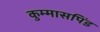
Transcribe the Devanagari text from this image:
कुम्मासपिंड